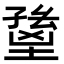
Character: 𡏸